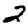
Digit: 2